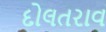
દોલતરાવ